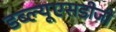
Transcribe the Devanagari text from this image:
डब्ल्यूएसडीजी